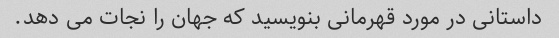
داستانی در مورد قهرمانی بنویسید که جهان را نجات می دهد.